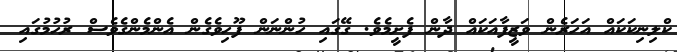
ކްލިނިކަކައް އަހަރެން ވަޒީފާއަކައް ދާން ފެށީމެވެ. ގޭގައި ހުންނަން ފޫހިވެގެން އެންމެންގެވެސް ރުހުމުގައި